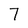
Character: 7